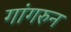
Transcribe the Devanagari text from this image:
गांगरुन